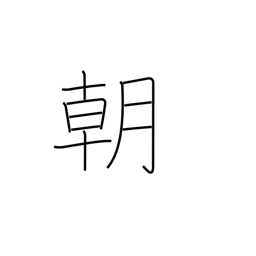
Meaning: dynasty